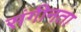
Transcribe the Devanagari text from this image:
संगीनता